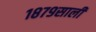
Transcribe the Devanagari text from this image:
१८७९साली